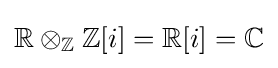
\mathbb {R} \otimes _{\mathbb {Z} }\mathbb {Z} [i]=\mathbb {R} [i]=\mathbb {C}